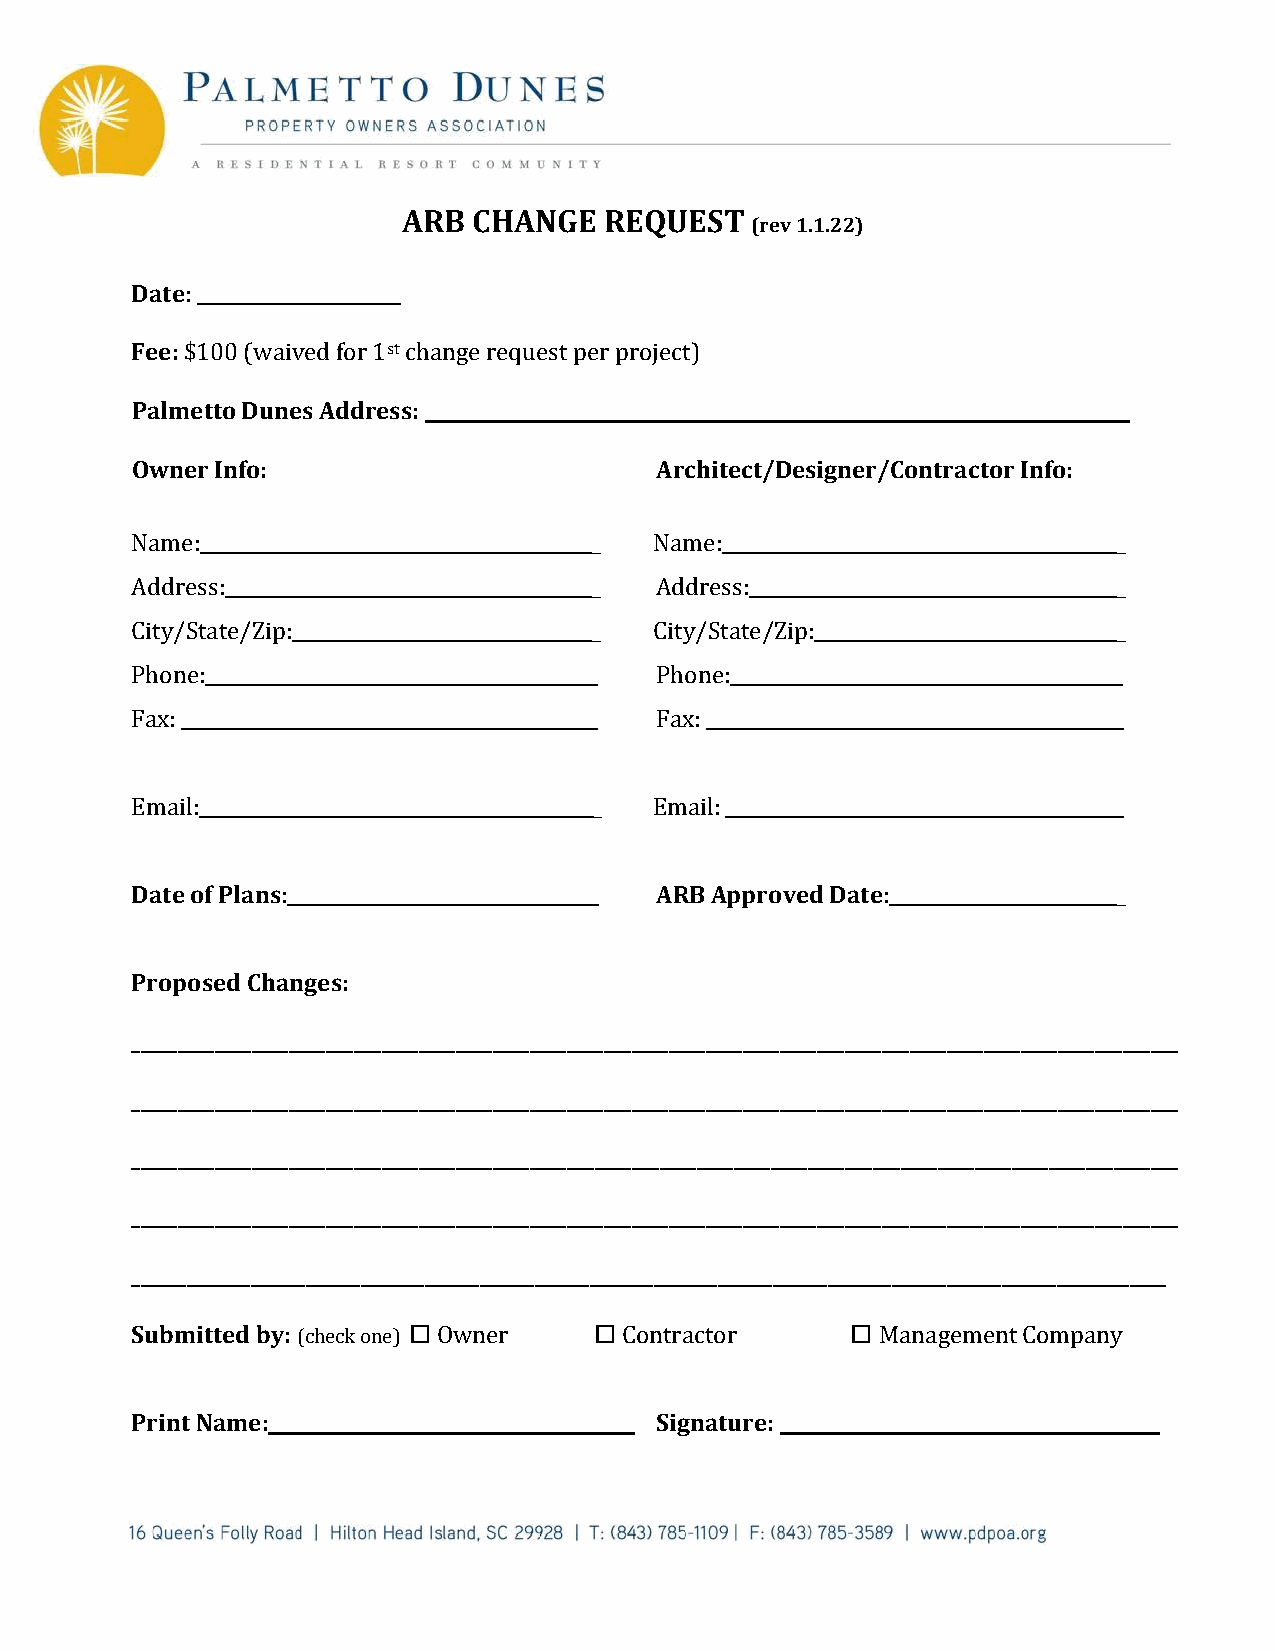
ARB CHANGE   REQUEST
 (rev 1.1.22)
 Date:
 Fee: $100 (waived for 1st change request per project)
 Palmetto Dunes Address:
 Owner Info:                       Architect/Designer/Contractor Info:
 Name:                         _   Name:                          _
 Address:                      _   Address:                       _
 City/State/Zip:               _   City/State/Zip:                _
 Phone:                            Phone:
 Fax:                              Fax:
 Email:                        _   Email:
 Date of Plans:                    ARB Approved Date:             _
 Proposed Changes:
 _________________________________________________________________________________________________________________
 _________________________________________________________________________________________________________________
 _________________________________________________________________________________________________________________
 _________________________________________________________________________________________________________________
 _________________________________________________________________________________________________________________
 Submitted by: (check one)  Owner  Contractor  Management Company
 Print Name:                       Signature: